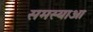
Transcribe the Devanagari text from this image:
समस्याआ